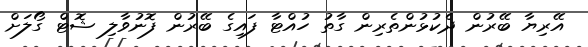
އޭރިޔާ ބޭރުން ދެކުޅުންތެރިން ގާތު ހުއްޓާ ފައިގެ ބޭރުން ފޮނުވާލި ޝޮޓް ގޯލަށް